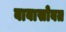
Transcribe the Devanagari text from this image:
बाबासोबत